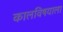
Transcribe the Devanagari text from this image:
कालविषयाला